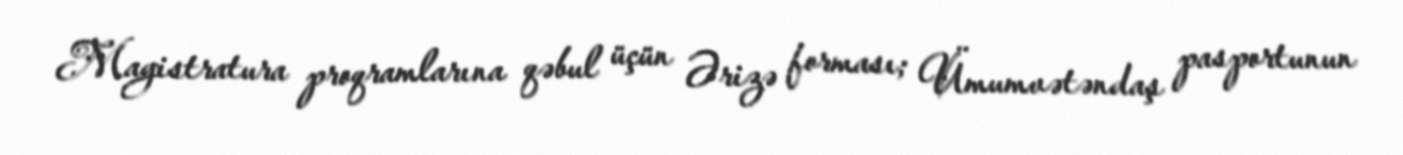
Magistratura proqramlarına qəbul üçün Ərizə forması; Ümumvətəndaş pasportunun